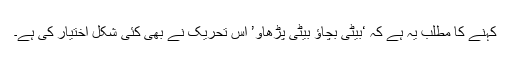
کہنے کا مطلب یہ ہے کہ ‘بیٹی بچاؤ بیٹی پڑھاؤ’ اس تحریک نے بھی کئی شکل اختیار کی ہے۔